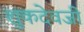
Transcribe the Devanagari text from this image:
शुकदेवजी